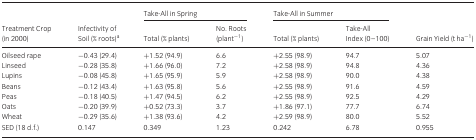
<table><thead><tr><td rowspan="2"><b>Treatment Crop (in 2000)</b></td><td rowspan="2"><b>Infectivity of Soil (% roots)a</b></td><td colspan="2"><b>Take-All in Spring</b></td><td colspan="2"><b>Take-All in Summer</b></td><td rowspan="2"><b>Grain Yield (t ha<sup>−1</sup>)</b></td></tr><tr><td><b>Total (% plants)</b></td><td><b>No. Roots (plant<sup>−1</sup>)</b></td><td><b>Total (% plants)</b></td><td><b>Take-All Index (0–100)</b></td></tr></thead><tbody><tr><td>Oilseed rape</td><td>−0.43 (29.4)</td><td>+1.52 (94.9)</td><td>6.6</td><td>+2.55 (98.9)</td><td>94.7</td><td>5.07</td></tr><tr><td>Linseed</td><td>−0.28 (35.8)</td><td>+1.66 (96.0)</td><td>7.2</td><td>+2.58 (98.9)</td><td>94.8</td><td>4.36</td></tr><tr><td>Lupins</td><td>−0.08 (45.8)</td><td>+1.65 (95.9)</td><td>5.9</td><td>+2.58 (98.9)</td><td>90.0</td><td>4.38</td></tr><tr><td>Beans</td><td>−0.12 (43.4)</td><td>+1.63 (95.8)</td><td>5.6</td><td>+2.55 (98.9)</td><td>91.6</td><td>4.59</td></tr><tr><td>Peas</td><td>−0.18 (40.5)</td><td>+1.47 (94.5)</td><td>6.2</td><td>+2.55 (98.9)</td><td>92.5</td><td>4.29</td></tr><tr><td>Oats</td><td>−0.20 (39.9)</td><td>+0.52 (73.3)</td><td>3.7</td><td>+1.86 (97.1)</td><td>77.7</td><td>6.74</td></tr><tr><td>Wheat</td><td>−0.29 (35.6)</td><td>+1.38 (93.6)</td><td>4.2</td><td>+2.59 (98.9)</td><td>80.0</td><td>5.52</td></tr><tr><td>SED (18 d.f.)</td><td>0.147</td><td>0.349</td><td>1.23</td><td>0.242</td><td>6.78</td><td>0.955</td></tr></tbody></table>